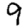
Digit: 9